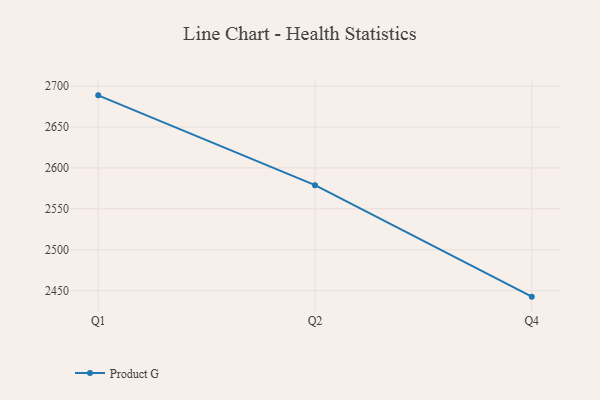
{"axis": {"x": "Quarter", "y": "Market Share (%)"}, "legend": ["Product G"], "data": [{"x": "Q1", "y": 2688.7, "type": "Product G"}, {"x": "Q2", "y": 2578.9, "type": "Product G"}, {"x": "Q4", "y": 2442.6, "type": "Product G"}]}